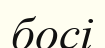
босі